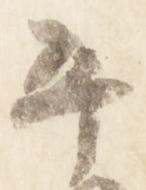
平